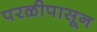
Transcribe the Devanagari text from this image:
परळीपासून